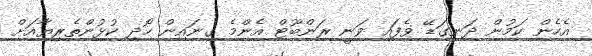
އެހެން ކަމުން ދަނގަޑޭ ވެފައި ވަނީ ރަންބޫޓް އެންމެ ގިނައިން ހޯދި ކުޅުންތެރިޔާއަށް